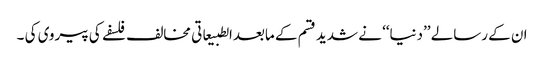
ان کے رسالے ’’دنیا‘‘ نے شدید قسم کے مابعدالطبیعاتی مخالف فلسفے کی پیروی کی ۔